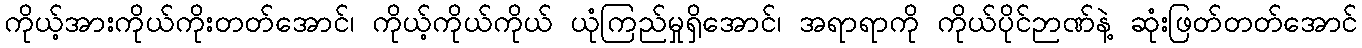
ကိုယ့်အားကိုယ်ကိုးတတ်အောင်၊ ကိုယ့်ကိုယ်ကိုယ် ယုံကြည်မှုရှိအောင်၊ အရာရာကို ကိုယ်ပိုင်ဉာဏ်နဲ့ ဆုံးဖြတ်တတ်အောင်